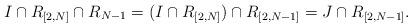
LaTeX: \begin{align*}I \cap R_{[2,N]} \cap R_{N-1} = (I \cap R_{[2,N]}) \cap R_{[2,N-1]} = J \cap R_{[2,N-1]}.\end{align*}